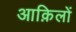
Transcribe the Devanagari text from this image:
आक़िलों